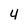
Character: 4